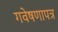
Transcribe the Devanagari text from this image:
गवेषणापत्र